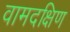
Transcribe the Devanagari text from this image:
वामदक्षिण